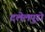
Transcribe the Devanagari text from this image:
दलेलपुरो